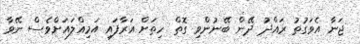
ޖަނާ އެވަގުތު ރައްދު ދޭން ބޭނުންވި ގޮތް ހިތަށް އަރާފައި އަމިއްލައަށްވެސް ނޭވާ